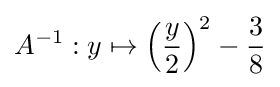
A^{-1}:y\mapsto \left({\frac {y}{2}}\right)^{2}-{\frac {3}{8}}